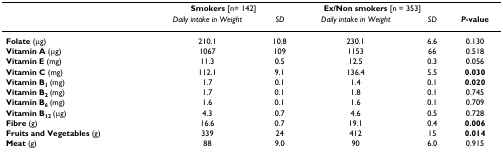
|  | <COLSPAN=2> Smokers [n= 142] | <COLSPAN=2> Ex/Non smokers [n = 353] |  |
 |  | Daily intake in Weight | SD | Daily intake in Weight | SD | P-value |
 | --- | --- | --- | --- | --- | --- |
 | Folate (μg) | 210.1 | 10.8 | 230.1 | 6.6 | 0.130 |
 | Vitamin A (μg) | 1067 | 109 | 1153 | 66 | 0.518 |
 | Vitamin E (mg) | 11.3 | 0.5 | 12.5 | 0.3 | 0.056 |
 | Vitamin C (mg) | 112.1 | 9.1 | 136.4 | 5.5 | 0.030 |
 | Vitamin B1 (mg) | 1.7 | 0.1 | 1.4 | 0.1 | 0.020 |
 | Vitamin B2 (mg) | 1.7 | 0.1 | 1.8 | 0.1 | 0.745 |
 | Vitamin B6 (mg) | 1.6 | 0.1 | 1.6 | 0.1 | 0.709 |
 | Vitamin B12 (μg) | 4.3 | 0.7 | 4.6 | 0.5 | 0.728 |
 | Fibre (g) | 16.6 | 0.7 | 19.1 | 0.4 | 0.006 |
 | Fruits and Vegetables (g) | 339 | 24 | 412 | 15 | 0.014 |
 | Meat (g) | 88 | 9.0 | 90 | 6.0 | 0.915 |